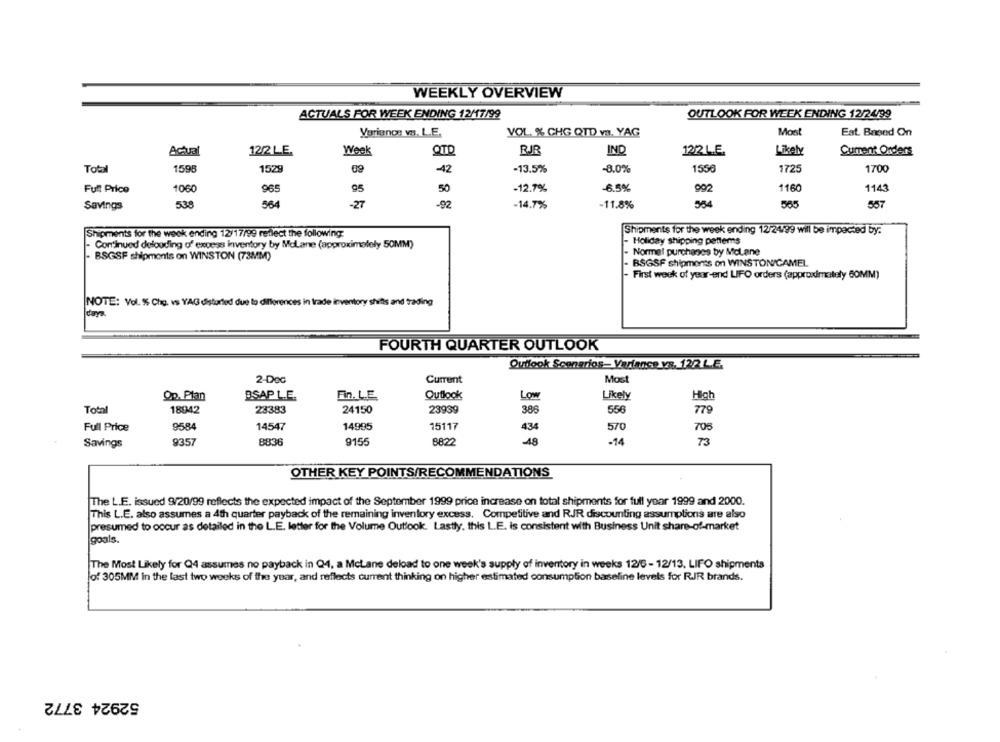
WEEKLY OVERVIEW
ACTUALS FOR WEEK ENDING 12/17/99
OUTLOOK FOR WEEK ENDING 12/24/99
Varianon vn. L.E.
VOL. % CHG QTD vs. YAG
Most
Est. Based On
Actual
12/2 LE.
Week
QTD
RJR
IND
12/2 L.E.
Likely
Curent Orders
Total
1595
152
-42
-13.5%
-8.0%
1556
1725
1700
Full Price
1060
965
95
50
-12.7%
-6.5%
992
1160
1143
Savings
538
564
-27
-92
-14.7%
-11.8%
554
565
557
Shipments for the week ending 12/24199 will be impacted by:
Shipments for the week ending 12/17/99 reflect the following:
Continued deloading of excess inventory by McLane (approximately 50MM)
- Holiday shipping patterns
Normel purchases by McLane
BSGSF shipments on WINSTON (73MM)
BSGSF shipments on WINSTON/CAMEL
- First week of year-end LIFO orders (approximately 60MM)
NOTE: Vol. % Chg. vs YAG distorted due to differences in trade inventory shifts and trading
FOURTH QUARTER OUTLOOK
Outlook Scenarios- Variance vs. 122 LE.
2-Dec
Current
Most
Op. Plan
BSAP L.E.
Fin. L.E.
Outlook
Low
Likely
High
Total
23383
23939
18942
24150
386
556
79
Full Price
9584
14547
14995
15117
434
570
705
Savings
9357
B836
9155
8822
-48
-14
73
OTHER KEY POINTS/RECOMMENDATIONS
The L.E. issued 9/20/99 reflects the expected impact of the September 1999 price increase on total shipments for full year 1999 and 2000.
This L.E. also assumes a 4th quarter payback of the remaining inventory excess. Competitive and RJR discounting assumptions are also
presumed to occur as detailed in the L.E. letter for the Volume Outlook. Lastly, this L.E. is consistent with Business Unit share-of-market
goals.
The Most Likely for Q4 assumes no payback in Q4, a McLane deload to one week's supply of inventory in weeks 12/6 -12/13. LIFO shipments
lof 305MM In the last two weeks of the year, and reflects current thinking on higher estimated consumption baseline levels for RJR brands.
52924 3772